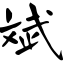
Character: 斌